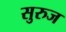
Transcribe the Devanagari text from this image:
सुरुज